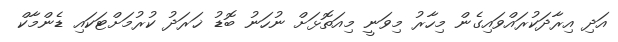
އަދި އިރާދަކުރައްވައިގެން މިހާރު މިވަނީ މިއަތޮޅަށް ނުހަނު ބޮޑު ޚަރަދު ކުރުމަށްޓަކައި ޑެންމާކް